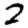
Digit: 2